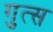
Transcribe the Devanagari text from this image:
गुत्स